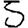
Digit: 5